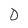
Character: D